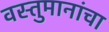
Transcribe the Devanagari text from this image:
वस्तुमानांचा